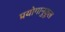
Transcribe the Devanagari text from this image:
प्रयोगानुकूल